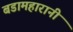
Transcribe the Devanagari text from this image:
बडामहारानी